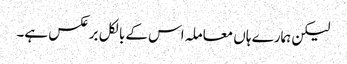
لیکن ہمارے ہاں معاملہ اس کے بالکل برعکس ہے۔